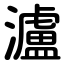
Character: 瀘